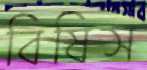
বিষিস